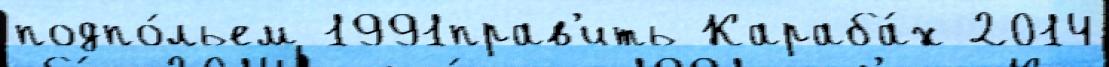
подпо́льем 1991прав'ить Караба́х 2014